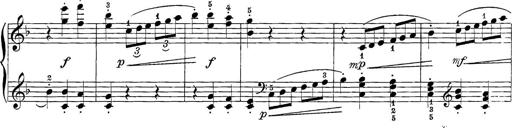
Title: 12 Sonatine per Pianoforte
Composer: Friedrich Kuhlau